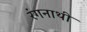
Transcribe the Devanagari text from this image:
रंगनाथी